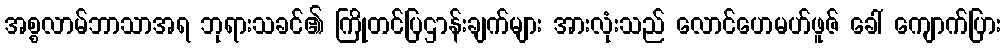
အစ္စလာမ်ဘာသာအရ ဘုရားသခင်၏ ကြိုတင်ပြဌာန်းချက်များ အားလုံးသည် လောင်ဟေမဟ်ဖူဇ် ခေါ် ကျောက်ပြား